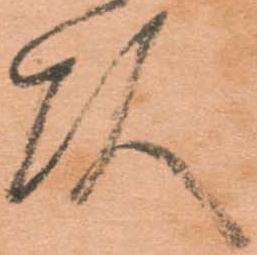
頭